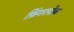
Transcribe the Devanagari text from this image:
फ़िंगरपोक